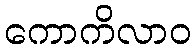
ကောကိလာဝ